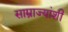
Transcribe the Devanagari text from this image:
साम्राज्यांशी